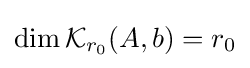
\operatorname {dim} {\mathcal {K}}_{r_{0}}(A,b)=r_{0}